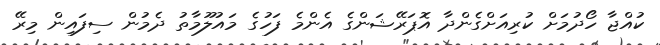
ކުއްޖާ ހޯދުމަށް ކުރިއަށްގެންދާ އޮޕަރޭޝަންގެ އެންމެ ފަހުގެ މައުލޫމާތު ދެމުން ސިފައިން މިރޭ